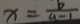
x = \frac { b } { a - 1 }